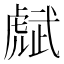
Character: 𧇭